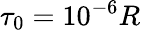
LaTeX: \tau_{0}=10^{-6}R